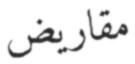
مقاريض